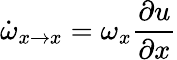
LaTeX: \dot{\omega}_{x\rightarrow x}=\omega_{x}\frac{\partial u}{\partial x}